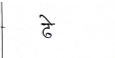
मजकूर: ढे